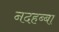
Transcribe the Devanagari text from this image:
नदहब्बा